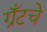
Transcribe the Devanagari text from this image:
ग्रँटचे